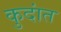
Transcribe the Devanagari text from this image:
कुदांत